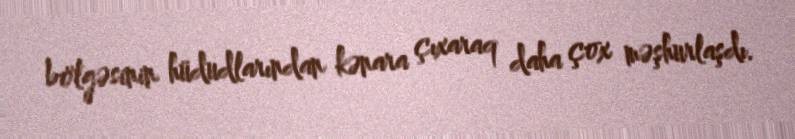
bölgəsinin hüdudlarından kənara çıxaraq daha çox məşhurlaşdı.